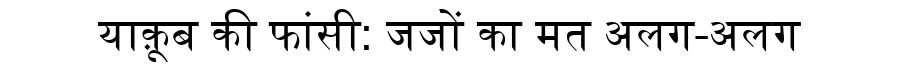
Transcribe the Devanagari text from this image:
याक़ूब की फांसी: जजों का मत अलग-अलग